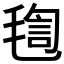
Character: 𣮴